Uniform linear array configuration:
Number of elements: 16
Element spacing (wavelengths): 0.75
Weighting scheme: uniform
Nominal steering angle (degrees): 60
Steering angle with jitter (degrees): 60.298
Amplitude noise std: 0.05
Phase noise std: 0.05

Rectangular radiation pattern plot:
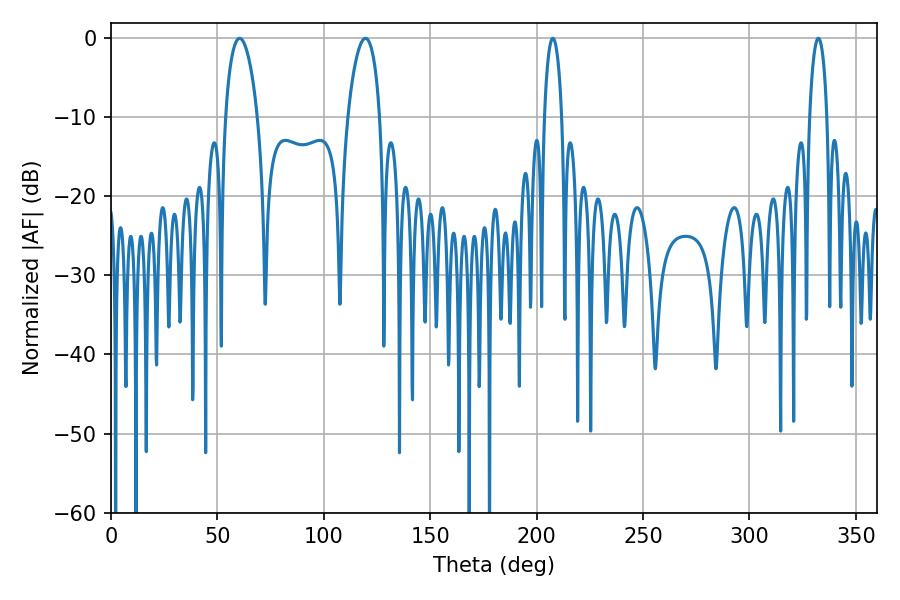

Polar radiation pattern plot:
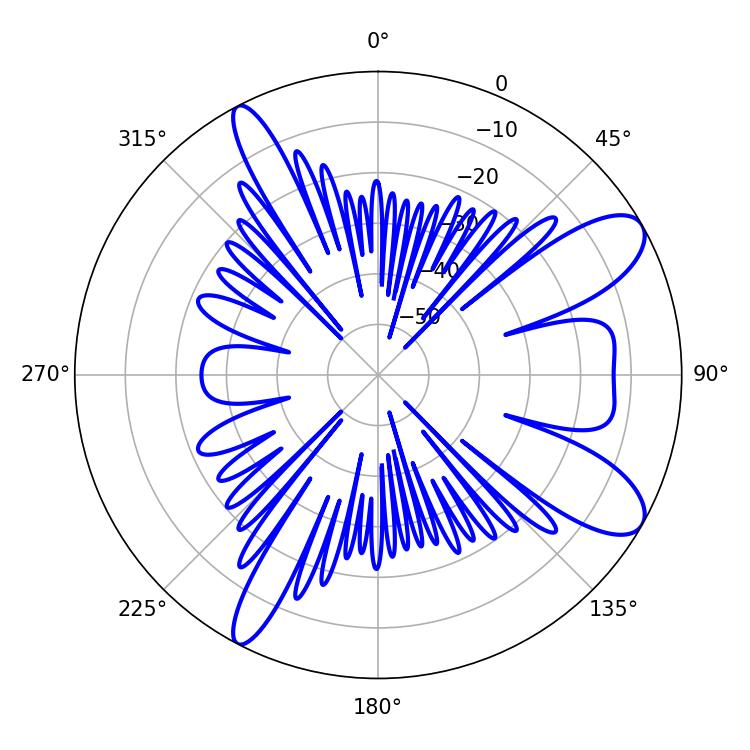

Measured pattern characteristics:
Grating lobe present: TRUE
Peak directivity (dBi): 9.708
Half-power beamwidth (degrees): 8.46
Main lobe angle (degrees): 60.48